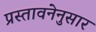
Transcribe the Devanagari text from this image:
प्रस्तावनेनुसार